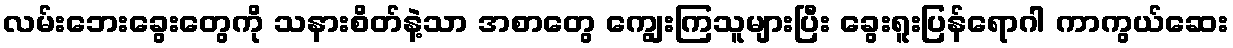
လမ်းဘေးခွေးတွေကို သနားစိတ်နဲ့သာ အစာတွေ ကျွေးကြသူများပြီး ခွေးရူးပြန်ရောဂါ ကာကွယ်ဆေး